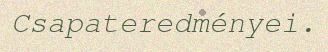
Csapateredményei.